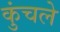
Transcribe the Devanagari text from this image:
कुंचले